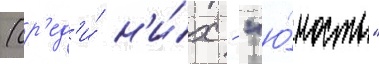
(ср'ед'и́ н'и́х - "ю́ность"